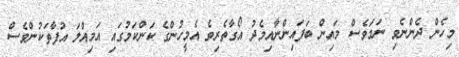
މިހެން ދެންނެވި ނަމަވެސް މައިން ބަފައިންނާއިމެދު އޯގާތެރިވެ އެމީހުންގެ ކަންކަމުގައި އަމިއްލަ އުފާތަކުންވެސް